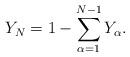
LaTeX: \begin{align*}Y_N = 1-\sum_{\alpha=1}^{N-1}Y_\alpha.\end{align*}